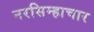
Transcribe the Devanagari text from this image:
नरसिम्हाचार